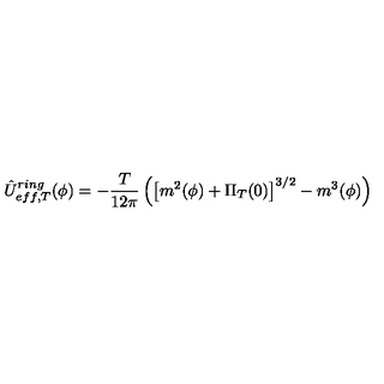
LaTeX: \hat { U } _ { e f f , T } ^ { r i n g } ( \phi ) = - \frac T { 1 2 \pi } \left( \left[ m ^ { 2 } ( \phi ) + \Pi _ { T } ( 0 ) \right] ^ { 3 / 2 } - m ^ { 3 } ( \phi ) \right)